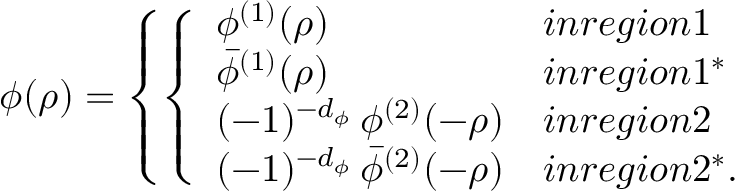
\phi ( \rho ) = \left\{ \left\{ \begin{array} { l l } { { \phi ^ { ( 1 ) } ( \rho ) } } & { { i n r e g i o n 1 } } \\ { { \bar { \phi } ^ { ( 1 ) } ( \rho ) } } & { { i n r e g i o n 1 ^ { * } } } \\ { { ( - 1 ) ^ { - d _ { \phi } } \, \phi ^ { ( 2 ) } ( - \rho ) } } & { { i n r e g i o n 2 } } \\ { { ( - 1 ) ^ { - d _ { \phi } } \, \bar { \phi } ^ { ( 2 ) } ( - \rho ) } } & { { i n r e g i o n 2 ^ { * } . } } \end{array} \right. \right.